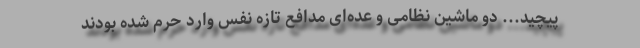
پیچید... دو ماشین نظامی و عده‌ای مدافع تازه نفس وارد حرم شده بودند